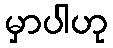
မှာပါဟု